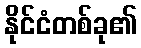
နိုင်ငံတစ်ခု၏